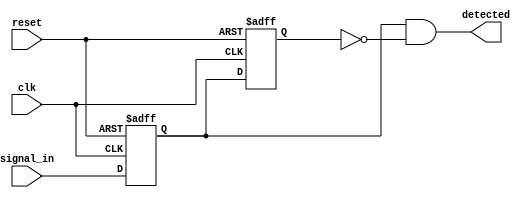
module dual_ff_detector (
    input wire clk,                // Clock signal
    input wire reset,              // Asynchronous reset
    input wire signal_in,          // Input signal to be monitored
    output reg detected            // Output signal indicating detection
);

// Internal signals for flip-flop outputs
reg ff1_out, ff2_out;

// Flip-flop 1: Captures the input signal on rising edge of the clock
always @(posedge clk or posedge reset) begin
    if (reset) begin
        ff1_out <= 1'b0;  // Reset condition
    end else begin
        ff1_out <= signal_in; // Capture the input signal
    end
end

// Flip-flop 2: Captures the output of flip-flop 1 on the next clock edge
always @(posedge clk or posedge reset) begin
    if (reset) begin
        ff2_out <= 1'b0;  // Reset condition
    end else begin
        ff2_out <= ff1_out; // Capture the state of flip-flop 1
    end
end

// Control logic for pattern detection
always @(*) begin
    // Example pattern detection logic:
    // Detect rising edge of the input signal
    detected = (ff1_out == 1'b1) && (ff2_out == 1'b0);
end

endmodule